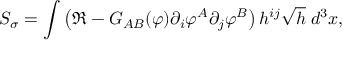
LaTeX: S _ { \sigma } = \int \left( \Re - { \cal G } _ { A B } ( \varphi ) \partial _ { i } \varphi ^ { A } \partial _ { j } \varphi ^ { B } \right) h ^ { i j } \sqrt { h } \; d ^ { 3 } x ,